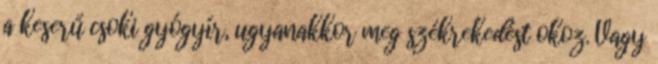
a keserű csoki gyógyír, ugyanakkor meg székrekedést okoz. Vagy